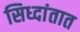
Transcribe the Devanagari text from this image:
सिध्दांतात